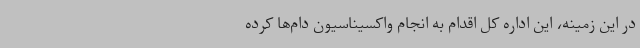
در این زمینه، این اداره کل اقدام به انجام واکسیناسیون دام‌ها کرده